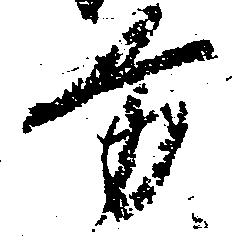
方